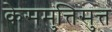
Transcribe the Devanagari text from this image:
केसमुत्तिसुत्त